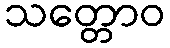
သတ္တောဝ